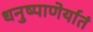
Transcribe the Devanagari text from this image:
धनुष्पाणेर्यातं